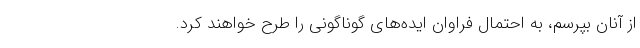
از آنان بپرسم، به احتمال فراوان ایده‌های گوناگونی را طرح خواهند کرد.